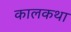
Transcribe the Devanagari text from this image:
कालकथा